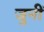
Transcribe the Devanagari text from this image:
जुनीं